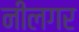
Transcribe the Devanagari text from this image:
नीलगर